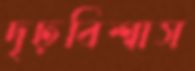
দৃঢ়বিশ্বাস